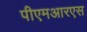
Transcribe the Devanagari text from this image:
पीएमआरएस